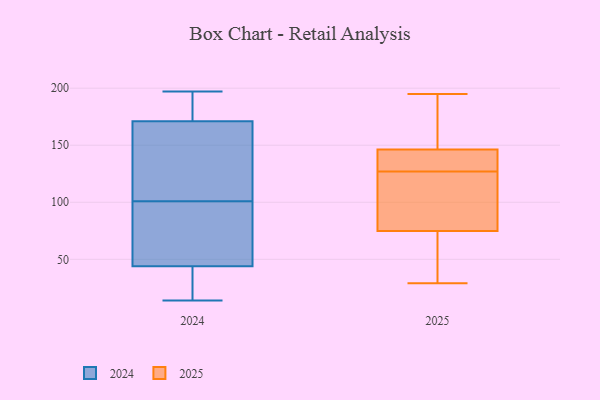
{"axis": {"x": "Backlog", "y": "Value"}, "legend": ["2024", "2025"], "data": [{"x": "", "y": 93, "type": "2024"}, {"x": "", "y": 109, "type": "2024"}, {"x": "", "y": 171, "type": "2024"}, {"x": "", "y": 164, "type": "2024"}, {"x": "", "y": 197, "type": "2024"}, {"x": "", "y": 38, "type": "2024"}, {"x": "", "y": 67, "type": "2024"}, {"x": "", "y": 44, "type": "2024"}, {"x": "", "y": 197, "type": "2024"}, {"x": "", "y": 14, "type": "2024"}, {"x": "", "y": 125, "type": "2025"}, {"x": "", "y": 152, "type": "2025"}, {"x": "", "y": 145, "type": "2025"}, {"x": "", "y": 59, "type": "2025"}, {"x": "", "y": 195, "type": "2025"}, {"x": "", "y": 58, "type": "2025"}, {"x": "", "y": 127, "type": "2025"}, {"x": "", "y": 103, "type": "2025"}, {"x": "", "y": 130, "type": "2025"}, {"x": "", "y": 150, "type": "2025"}, {"x": "", "y": 141, "type": "2025"}, {"x": "", "y": 29, "type": "2025"}, {"x": "", "y": 130, "type": "2025"}, {"x": "", "y": 195, "type": "2025"}, {"x": "", "y": 80, "type": "2025"}, {"x": "", "y": 39, "type": "2025"}, {"x": "", "y": 99, "type": "2025"}]}